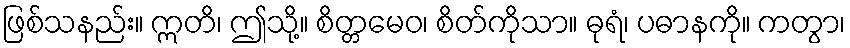
ဖြစ်သနည်း။ ဣတိ၊ ဤသို့။ စိတ္တမေဝ၊ စိတ်ကိုသာ။ ဓုရံ၊ ပဓာနကို။ ကတွာ၊